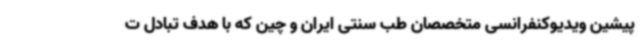
پیشین ویدیوکنفرانسی متخصصان طب سنتی ایران و چین که با هدف تبادل ت